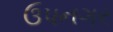
ઉપનગર